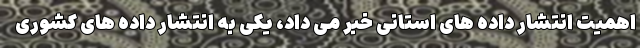
اهمیت انتشار داده های استانی خبر می داد، یکی به انتشار داده های کشوری